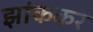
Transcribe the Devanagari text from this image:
झांककर